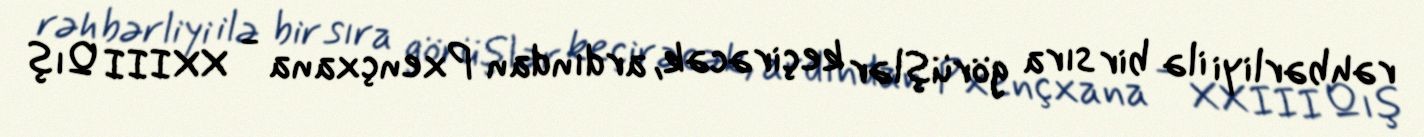
rəhbərliyi ilə bir sıra görüşlər keçirəcək, ardından Pxençxana - XXIII Qış